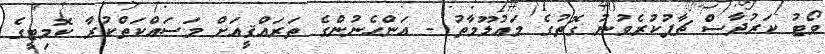
ވޯޓު ކަރުދާސް ޗާޕުކުރެވުނު ގޮތުގެ މަޢުލޫމާތު - އަންހެނުންގެ ތަރައްޤީއަށް މަސައްކަތްކުރާ ކޮމިޓީގެ